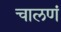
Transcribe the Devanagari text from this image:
चालणं